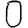
Digit: 0